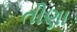
તીણા